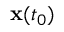
{ \bf x } ( t _ { 0 } )